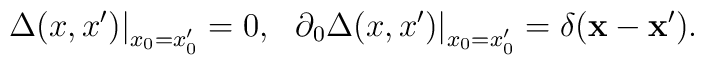
\left. \Delta(x,x')\right |_{x_0=x'_0}=0,\;\;\left. \partial_0\Delta(x,x')\right |_{x_0=x'_0}= \delta({\bf x}-{\bf x}').